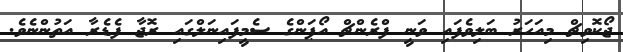
ޖޯކޮވިޗް މިއަހަރު ބަލިވެފައި ވަނީ ފްރެންޗް އޯޕަންގެ ސެމީފައިނަލްގައި ރޮޖާ ފެޑެރާ އަތުންނެވެ.